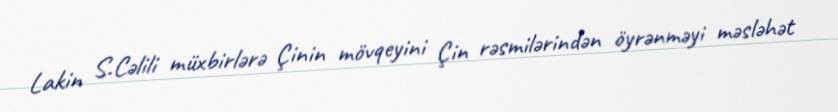
Lakin S.Cəlili müxbirlərə Çinin mövqeyini Çin rəsmilərindən öyrənməyi məsləhət